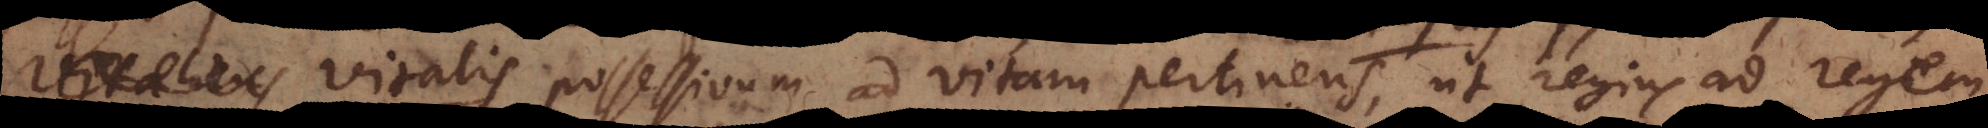
Vitalis possessivum ad vitam pertinens, ut regius ad regem